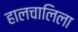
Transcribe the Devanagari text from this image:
हालचालिला